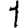
Digit: 1